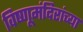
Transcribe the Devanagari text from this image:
विष्णूमंदिरांच्या